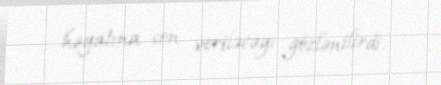
həyatına son veriləcəyi gözlənilirdi.